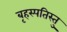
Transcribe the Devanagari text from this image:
बृहस्पतिस्तु